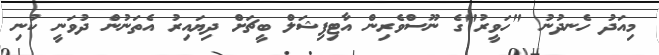
މިއަދު ހެނދުނު "ހަވީރު"ގެ ނޫސްވެރިން އާޓިފިޝަލް ބީޗަށް ދިޔައިރު އެތަނުން ދުވަނީ ކުނި